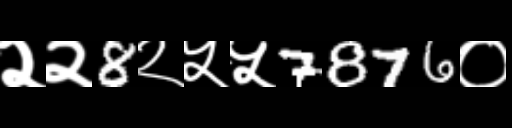
Text: २२8२५५7876०